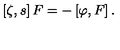
\left[ \zeta , s \right] F = - \left[ \varphi , F \right] .